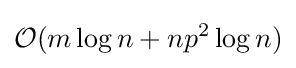
{\mathcal {O}}(m\log n+np^{2}\log n)